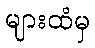
များထံမှ